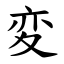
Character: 変